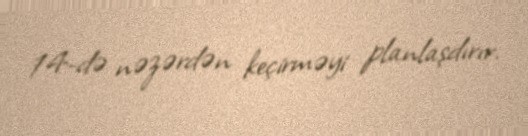
14-də nəzərdən keçirməyi planlaşdırır.